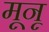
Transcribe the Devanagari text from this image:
मूनू